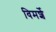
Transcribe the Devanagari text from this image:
विमर्शे